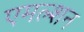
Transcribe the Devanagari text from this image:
एमल्शन